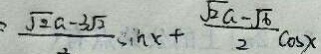
= \frac { \sqrt { 2 } a - 3 \sqrt { 2 } } { 2 } \sin x + \frac { \sqrt { 2 } a - \sqrt { 6 } } { 2 } \cos x